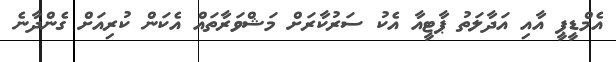
އެމްޑީޕީ އާއި އަދާލަތު ޕާޓީއާ އެކު ސަރުކާރަށް މަޝްވަރާތައް އެކަން ކުރިއަށް ގެންދާނެ